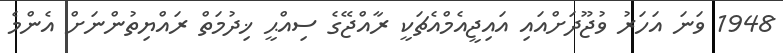
1948 ވަނަ އަހަރު ވުޖޫދަށްއައި އައިޖީއެމްއެޗަކީ ރާއްޖޭގެ ސިއްޙީ ޚިދުމަތް ރައްޔިތުންނަށް އެންމެ